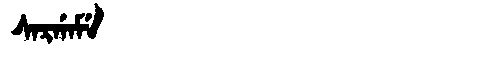
Manchu: ᠰᠠᡵᡤᠠᠮᡝ
Romanization: SARGAME